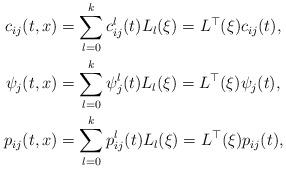
LaTeX: \begin{align*} c_{ij}(t, x) &=\sum_{l=0}^kc_{ij}^l(t)L_l(\xi)=L^\top(\xi)c_{ij}(t), \\ \psi_j(t, x) &=\sum_{l=0}^k\psi_j^l(t)L_l(\xi)=L^\top(\xi)\psi_{j}(t), \\p_{ij}(t, x) & =\sum_{l=0}^kp_{ij}^l(t)L_l(\xi)=L^\top(\xi)p_{ij}(t),\end{align*}